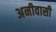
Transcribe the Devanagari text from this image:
अनीवासी